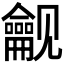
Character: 𬺟